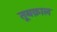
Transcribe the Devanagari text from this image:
तूबक़ाल